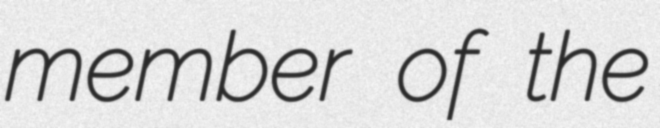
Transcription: member of the